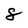
Character: 8